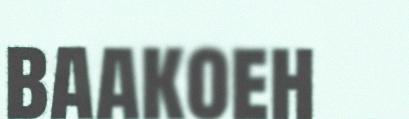
baakoeh